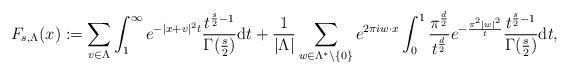
LaTeX: \begin{align*} F_{s,\Lambda} (x):=\sum_{v\in\Lambda}\int_1^\infty e^{-|x+v|^2t}\frac{t^{\frac{s}{2}-1}}{\Gamma(\frac{s}{2})}\mathrm{d}t+\frac{1}{|\Lambda|}\sum_{w\in\Lambda^*\setminus\{0\}}e^{2\pi i w\cdot x}\int_0^1 \frac{\pi^{\frac{d}{2}}}{t^\frac{d}{2}}e^{-\frac{\pi^2|w|^2}{t}}\frac{t^{\frac{s}{2}-1}}{\Gamma(\frac{s}{2})}\mathrm{d}t,\end{align*}